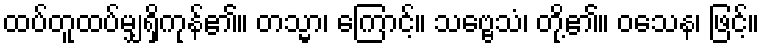
ထပ်တူထပ်မျှရှိကုန်၏။ တသ္မာ၊ ကြောင့်။ သဗ္ဗေသံ၊ တို့၏။ ဝသေန၊ ဖြင့်။